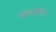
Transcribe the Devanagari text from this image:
पदप्राप्ति